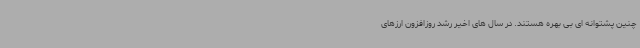
چنین پشتوانه ای بی بهره هستند. در سال های اخیر رشد روزافزون ارزهای